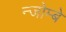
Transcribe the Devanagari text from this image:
न्जोम्बे